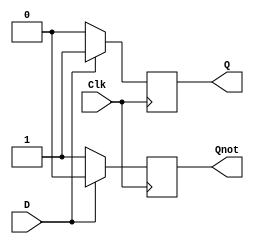
`timescale 1ns / 1ps

module D_FlipFlop(D,Clk,Q,Qnot);
input D,Clk;
output Q,Qnot;
reg Q,Qnot;

always@(posedge Clk)
begin

	if(D==0)//reset
		begin
			Q = 0;
			Qnot = 1;
		end
	else if(D==1)//set
		begin
			Q = 1;
			Qnot = 0;
		end
end


endmodule